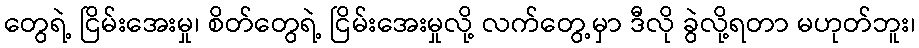
တွေရဲ့ ငြိမ်းအေးမှု၊ စိတ်တွေရဲ့ ငြိမ်းအေးမှုလို့ လက်တွေ့မှာ ဒီလို ခွဲလို့ရတာ မဟုတ်ဘူး၊